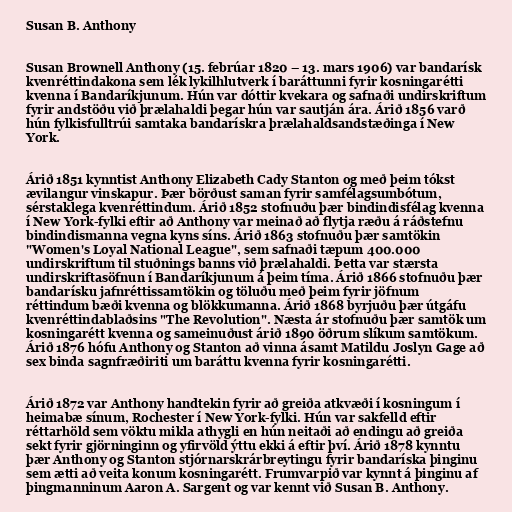
Susan B. Anthony

Susan Brownell Anthony (15. febrúar 1820 – 13. mars 1906) var bandarísk
kvenréttindakona sem lék lykilhlutverk í baráttunni fyrir kosningarétti
kvenna í Bandaríkjunum. Hún var dóttir kvekara og safnaði undirskriftum
fyrir andstöðu við þrælahaldi þegar hún var sautján ára. Árið 1856 varð
hún fylkisfulltrúi samtaka bandarískra þrælahaldsandstæðinga í New
York.

Árið 1851 kynntist Anthony Elizabeth Cady Stanton og með þeim tókst
ævilangur vinskapur. Þær börðust saman fyrir samfélagsumbótum,
sérstaklega kvenréttindum. Árið 1852 stofnuðu þær bindindisfélag kvenna
í New York-fylki eftir að Anthony var meinað að flytja ræðu á ráðstefnu
bindindismanna vegna kyns síns. Árið 1863 stofnuðu þær samtökin
"Women's Loyal National League", sem safnaði tæpum 400.000
undirskriftum til stuðnings banns við þrælahaldi. Þetta var stærsta
undirskriftasöfnun í Bandaríkjunum á þeim tíma. Árið 1866 stofnuðu þær
bandarísku jafnréttissamtökin og töluðu með þeim fyrir jöfnum
réttindum bæði kvenna og blökkumanna. Árið 1868 byrjuðu þær útgáfu
kvenréttindablaðsins "The Revolution". Næsta ár stofnuðu þær samtök um
kosningarétt kvenna og sameinuðust árið 1890 öðrum slíkum samtökum.
Árið 1876 hófu Anthony og Stanton að vinna ásamt Matildu Joslyn Gage að
sex binda sagnfræðiriti um baráttu kvenna fyrir kosningarétti.

Árið 1872 var Anthony handtekin fyrir að greiða atkvæði í kosningum í
heimabæ sínum, Rochester í New York-fylki. Hún var sakfelld eftir
réttarhöld sem vöktu mikla athygli en hún neitaði að endingu að greiða
sekt fyrir gjörninginn og yfirvöld ýttu ekki á eftir því. Árið 1878 kynntu
þær Anthony og Stanton stjórnarskrárbreytingu fyrir bandaríska þinginu
sem ætti að veita konum kosningarétt. Frumvarpið var kynnt á þinginu af
þingmanninum Aaron A. Sargent og var kennt við Susan B. Anthony.